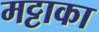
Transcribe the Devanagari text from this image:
मट्टाका